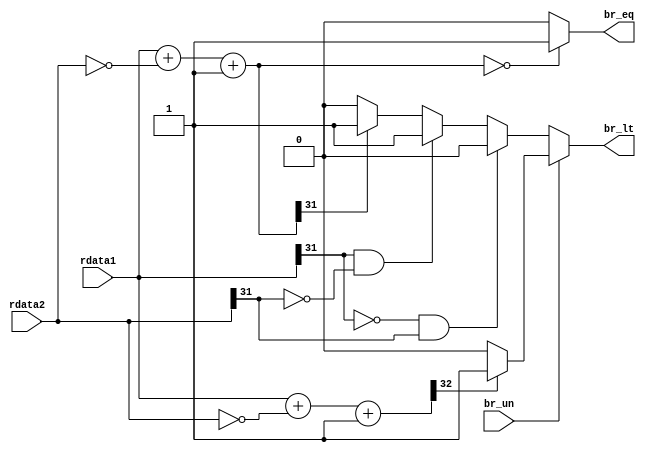
//`timescale 1ns / 1ps


module branchcomp(
    input [31:0] rdata1,
    input [31:0] rdata2,
    input br_un,
    output wire br_eq,
    output reg br_lt
    );
    wire [31:0]sub;   
    wire [32:0] unsign_numa,unsign_numb;
    wire [32:0] unsign_sub;   
    assign sub=rdata1+~rdata2+1;
    
    assign br_eq=(sub==0)?1:0;
 
    assign unsign_numa={1'b0,rdata1};
    assign unsign_numb={1'b0,rdata2};    
    assign unsign_sub=unsign_numa+~unsign_numb+1;
   
    always@(*)begin
        if(br_un==1)begin
            br_lt=(unsign_sub[32]==1)?1:0;
        end
        else if(rdata1[31]==0&&rdata2[31]==1) begin
            br_lt=0;
        end
        else if(rdata1[31]==1&&rdata2[31]==0) begin
             br_lt=1;
         end
         else begin
            br_lt=(sub[31]==1)?1:0;
         end
    end
endmodule